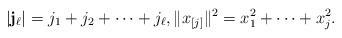
LaTeX: \begin{align*}\rvert \mathbf{j}_{\ell}\rvert=j_1+j_2+\cdots + j_{\ell},\rVert x_{[j]}\rVert^{2}=x_1^{2}+\cdots+x_{j}^{2}.\end{align*}